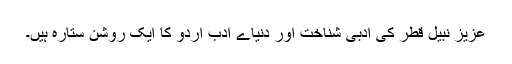
عزیز نبیل قطر کی ادبی شناخت اور دنیاے ادب اردو کا ایک روشن ستارہ ہیں۔